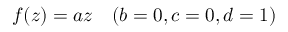
f ( z ) = a z \quad ( b = 0 , c = 0 , d = 1 )